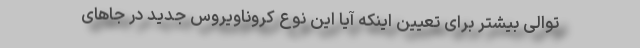
توالی بیشتر برای تعیین اینکه آیا این نوع کروناویروس جدید در جاهای